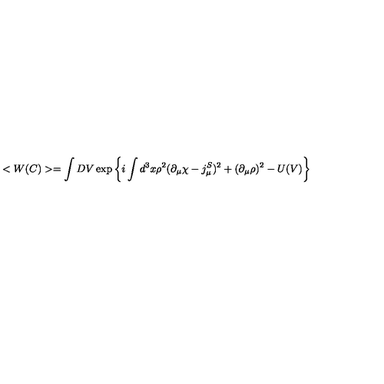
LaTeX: < W ( C ) > = \int D V \exp \left\{ i \int d ^ { 3 } x \rho ^ { 2 } ( \partial _ { \mu } \chi - j _ { \mu } ^ { S } ) ^ { 2 } + ( \partial _ { \mu } \rho ) ^ { 2 } - U ( V ) \right\}